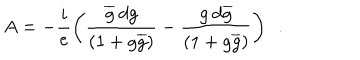
LaTeX: A = - \frac { i } { e } \left( \frac { \overline { { { g } } } \: d g } { ( 1 + g \overline { { { g } } } ) } - \frac { g \: d \overline { { { g } } } } { ( 1 + g \overline { { { g } } } ) } \right) ~ ~ .